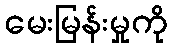
မေးမြန်းမှုကို